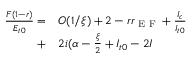
\begin{array} { r l } { \frac { F ( 1 - r ) } { E _ { t 0 } } = } & { { } O ( 1 / \xi ) + 2 - r r _ { \textrm { E F } } + \frac { I _ { c } } { I _ { t 0 } } } \\ { + } & { { } 2 i ( \alpha - \frac { \xi } { 2 } + I _ { t 0 } - 2 I } \end{array}